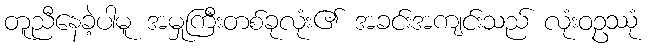
တူညီနေခဲ့ပါမူ အမှုကြီးတစ်ခုလုံး၏ အခင်းအကျင်းသည် လုံးဝဥဿုံ